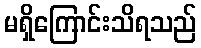
မရှိကြောင်းသိရသည်